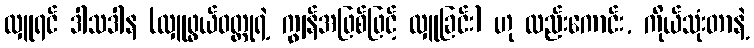
လှူရင် ဒါသဒါန (လှူဖွယ်ဝတ္ထုရဲ့ ကျွန်အဖြစ်ဖြင့် လှူခြင်း) ဟု လည်းကောင်း, ကိုယ်သုံးတာနဲ့